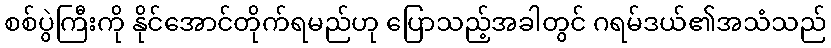
စစ်ပွဲကြီးကို နိုင်အောင်တိုက်ရမည်ဟု ပြောသည့်အခါတွင် ဂရမ်ဒယ်၏အသံသည်